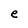
Character: e